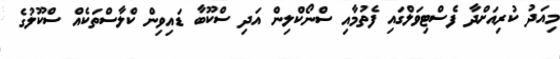
މިއަދު ކުރިއަށްދާ ފެސްޓިވަލްގައި ފެތުމާއި ސްނޯކްލިން އަދި ސްކޫބާ ޑައިވިން ކްލާސްތަކެއް ސްކޫލުގެ